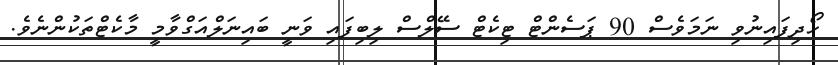
ހޯދިފައިނުވި ނަމަވެސް 90 ޕަސެންޓް ޓިކެޓް ސޭލްސް ލިބިފައި ވަނީ ބައިނަލްއަގްވާމީ މާކެޓްތަކުންނެވެ.